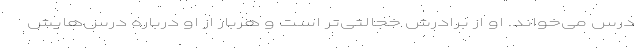
درس می‌خواند. او از برادرش خجالتی‌تر است و هربار از او درباره درس‌هایش